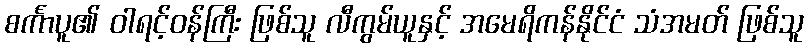
စင်္ကာပူ၏ ဝါရင့်ဝန်ကြီး ဖြစ်သူ လီကွမ်ယူနှင့် အမေရိကန်နိုင်ငံ သံအမတ် ဖြစ်သူ